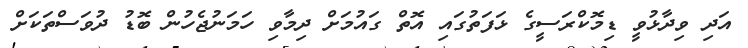
އަދި ވިދާޅުވީ ޑިމޮކްރަސީގެ ޅަފަތުގައި އޮތް ގައުމަށް ދިމާވި ހަމަނުޖެހުން ބޮޑު ދުވަސްތަކަށް